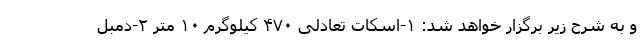
و به شرح زیر برگزار خواهد شد: ۱-اسکات تعادلی ۴۷۰ کیلوگرم ۱۰ متر ۲-دمبل